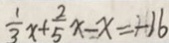
\frac { 1 } { 3 } x + \frac { 2 } { 5 } x - x = - 1 6